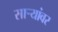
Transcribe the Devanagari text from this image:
साऱ्यांवर